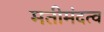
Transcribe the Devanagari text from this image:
मतीमंदत्व